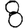
Digit: 8